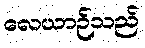
လေယာဉ်သည်